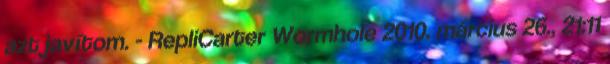
azt javítom. - RepliCarter Wormhole 2010. március 26., 21:11